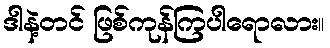
ဒါနဲ့တင် ဖြစ်ကုန်ကြပါရောလား။